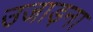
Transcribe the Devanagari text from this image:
उजाड़ना